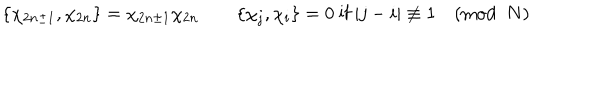
\{ \chi _ { 2 n \pm 1 } , \chi _ { 2 n } \} = \chi _ { 2 n \pm 1 } \chi _ { 2 n } \qquad \{ \chi _ { j } , \chi _ { i } \} = 0 \mathrm { ~ i f ~ } | j - i | \not \equiv 1 \pmod { N }